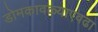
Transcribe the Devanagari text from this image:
डोमकावळ्याएवढा